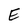
Character: E